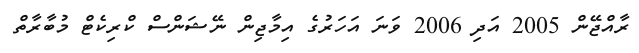
ރާއްޖޭން 2005 އަދި 2006 ވަނަ އަހަރުގެ އިމާޖިން ނޭޝަންސް ކްރިކެޓް މުބާރާތް